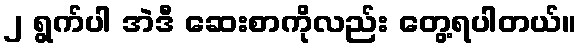
၂ ရွက်ပါ အဲဒီ ဆေးစာကိုလည်း တွေ့ရပါတယ်။